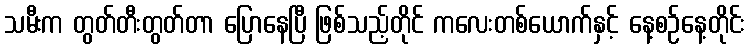
သမီးက တွတ်တီးတွတ်တာ ပြောနေပြီ ဖြစ်သည့်တိုင် ကလေးတစ်ယောက်နှင့် နေ့စဉ်နေ့တိုင်း